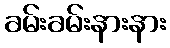
ခမ်းခမ်းနားနား